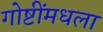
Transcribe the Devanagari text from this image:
गोष्टींमधला